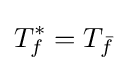
T_{f}^{*}=T_{\bar {f}}